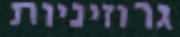
גרוזיניות